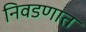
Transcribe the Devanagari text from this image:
निवडणात